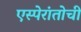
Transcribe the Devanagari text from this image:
एस्पेरांतोची